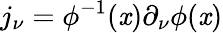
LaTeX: j_{\nu}=\phi^{-1}(\mathit{x})\partial_{\nu}\phi(\mathit{x})